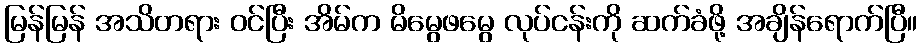
မြန်မြန် အသိတရား ဝင်ပြီး အိမ်က မိမွေဖမွေ လုပ်ငန်းကို ဆက်ခံဖို့ အချိန်ရောက်ပြီ။